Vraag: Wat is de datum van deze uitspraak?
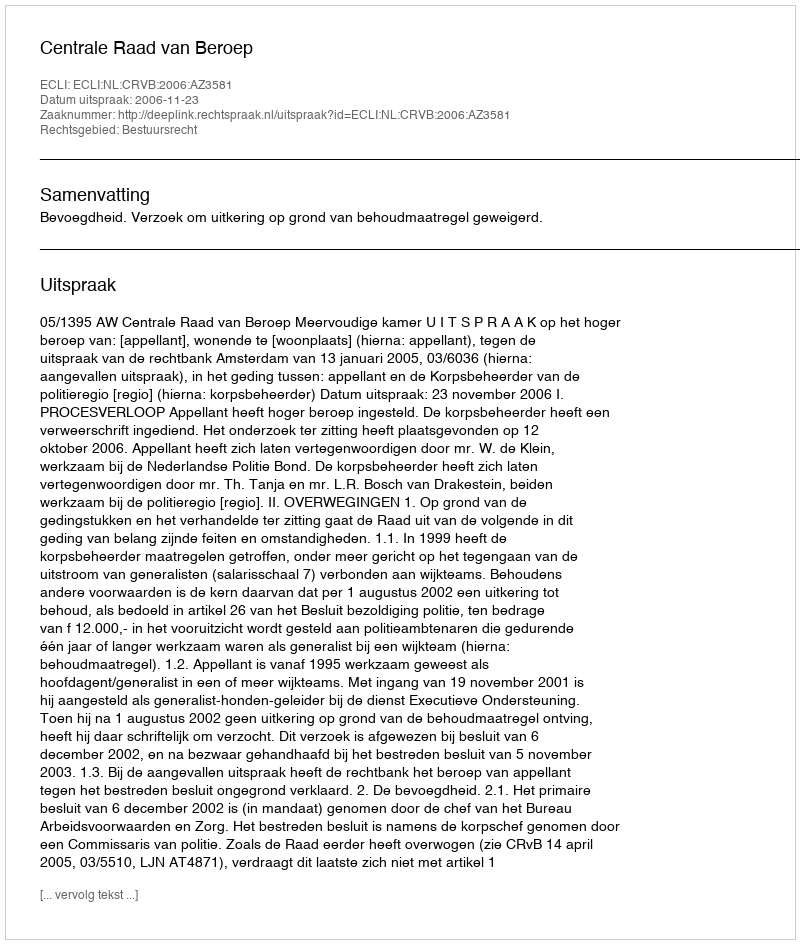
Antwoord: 2006-11-23